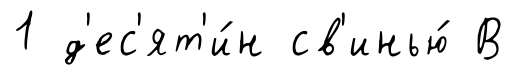
1 д'ес'ят'и́н св'инью́ В